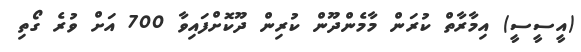
(އީސީސީ) އިމާރާތް ކުރަން މާމެންދޫން ކުރިން ދޫކޮށްފައިވާ 700 އަށް ވުރެ ގޯތި